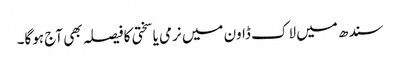
سندھ میں لاک ڈاون میں نرمی یا سختی کا فیصلہ بھی آج ہوگا۔